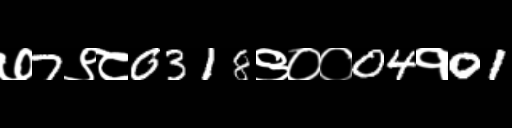
Text: ७7९८0318९००04१01